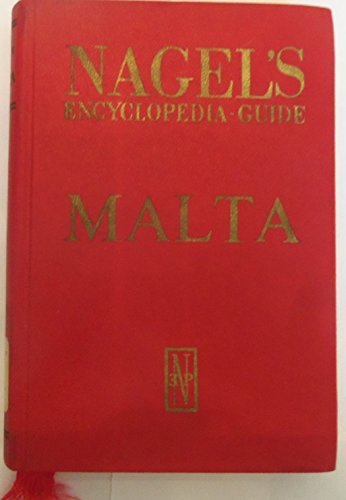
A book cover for Malta (Nagel's encyclopedia-guide); M. D. Chambry; Travel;